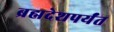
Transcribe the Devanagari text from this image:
ब्रह्मदेशपर्यंत